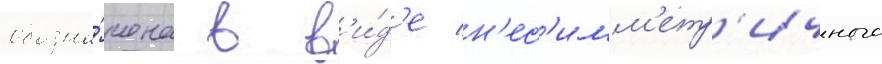
обозна́чена в в'и́д'е н'ес'имм'етр'ичного